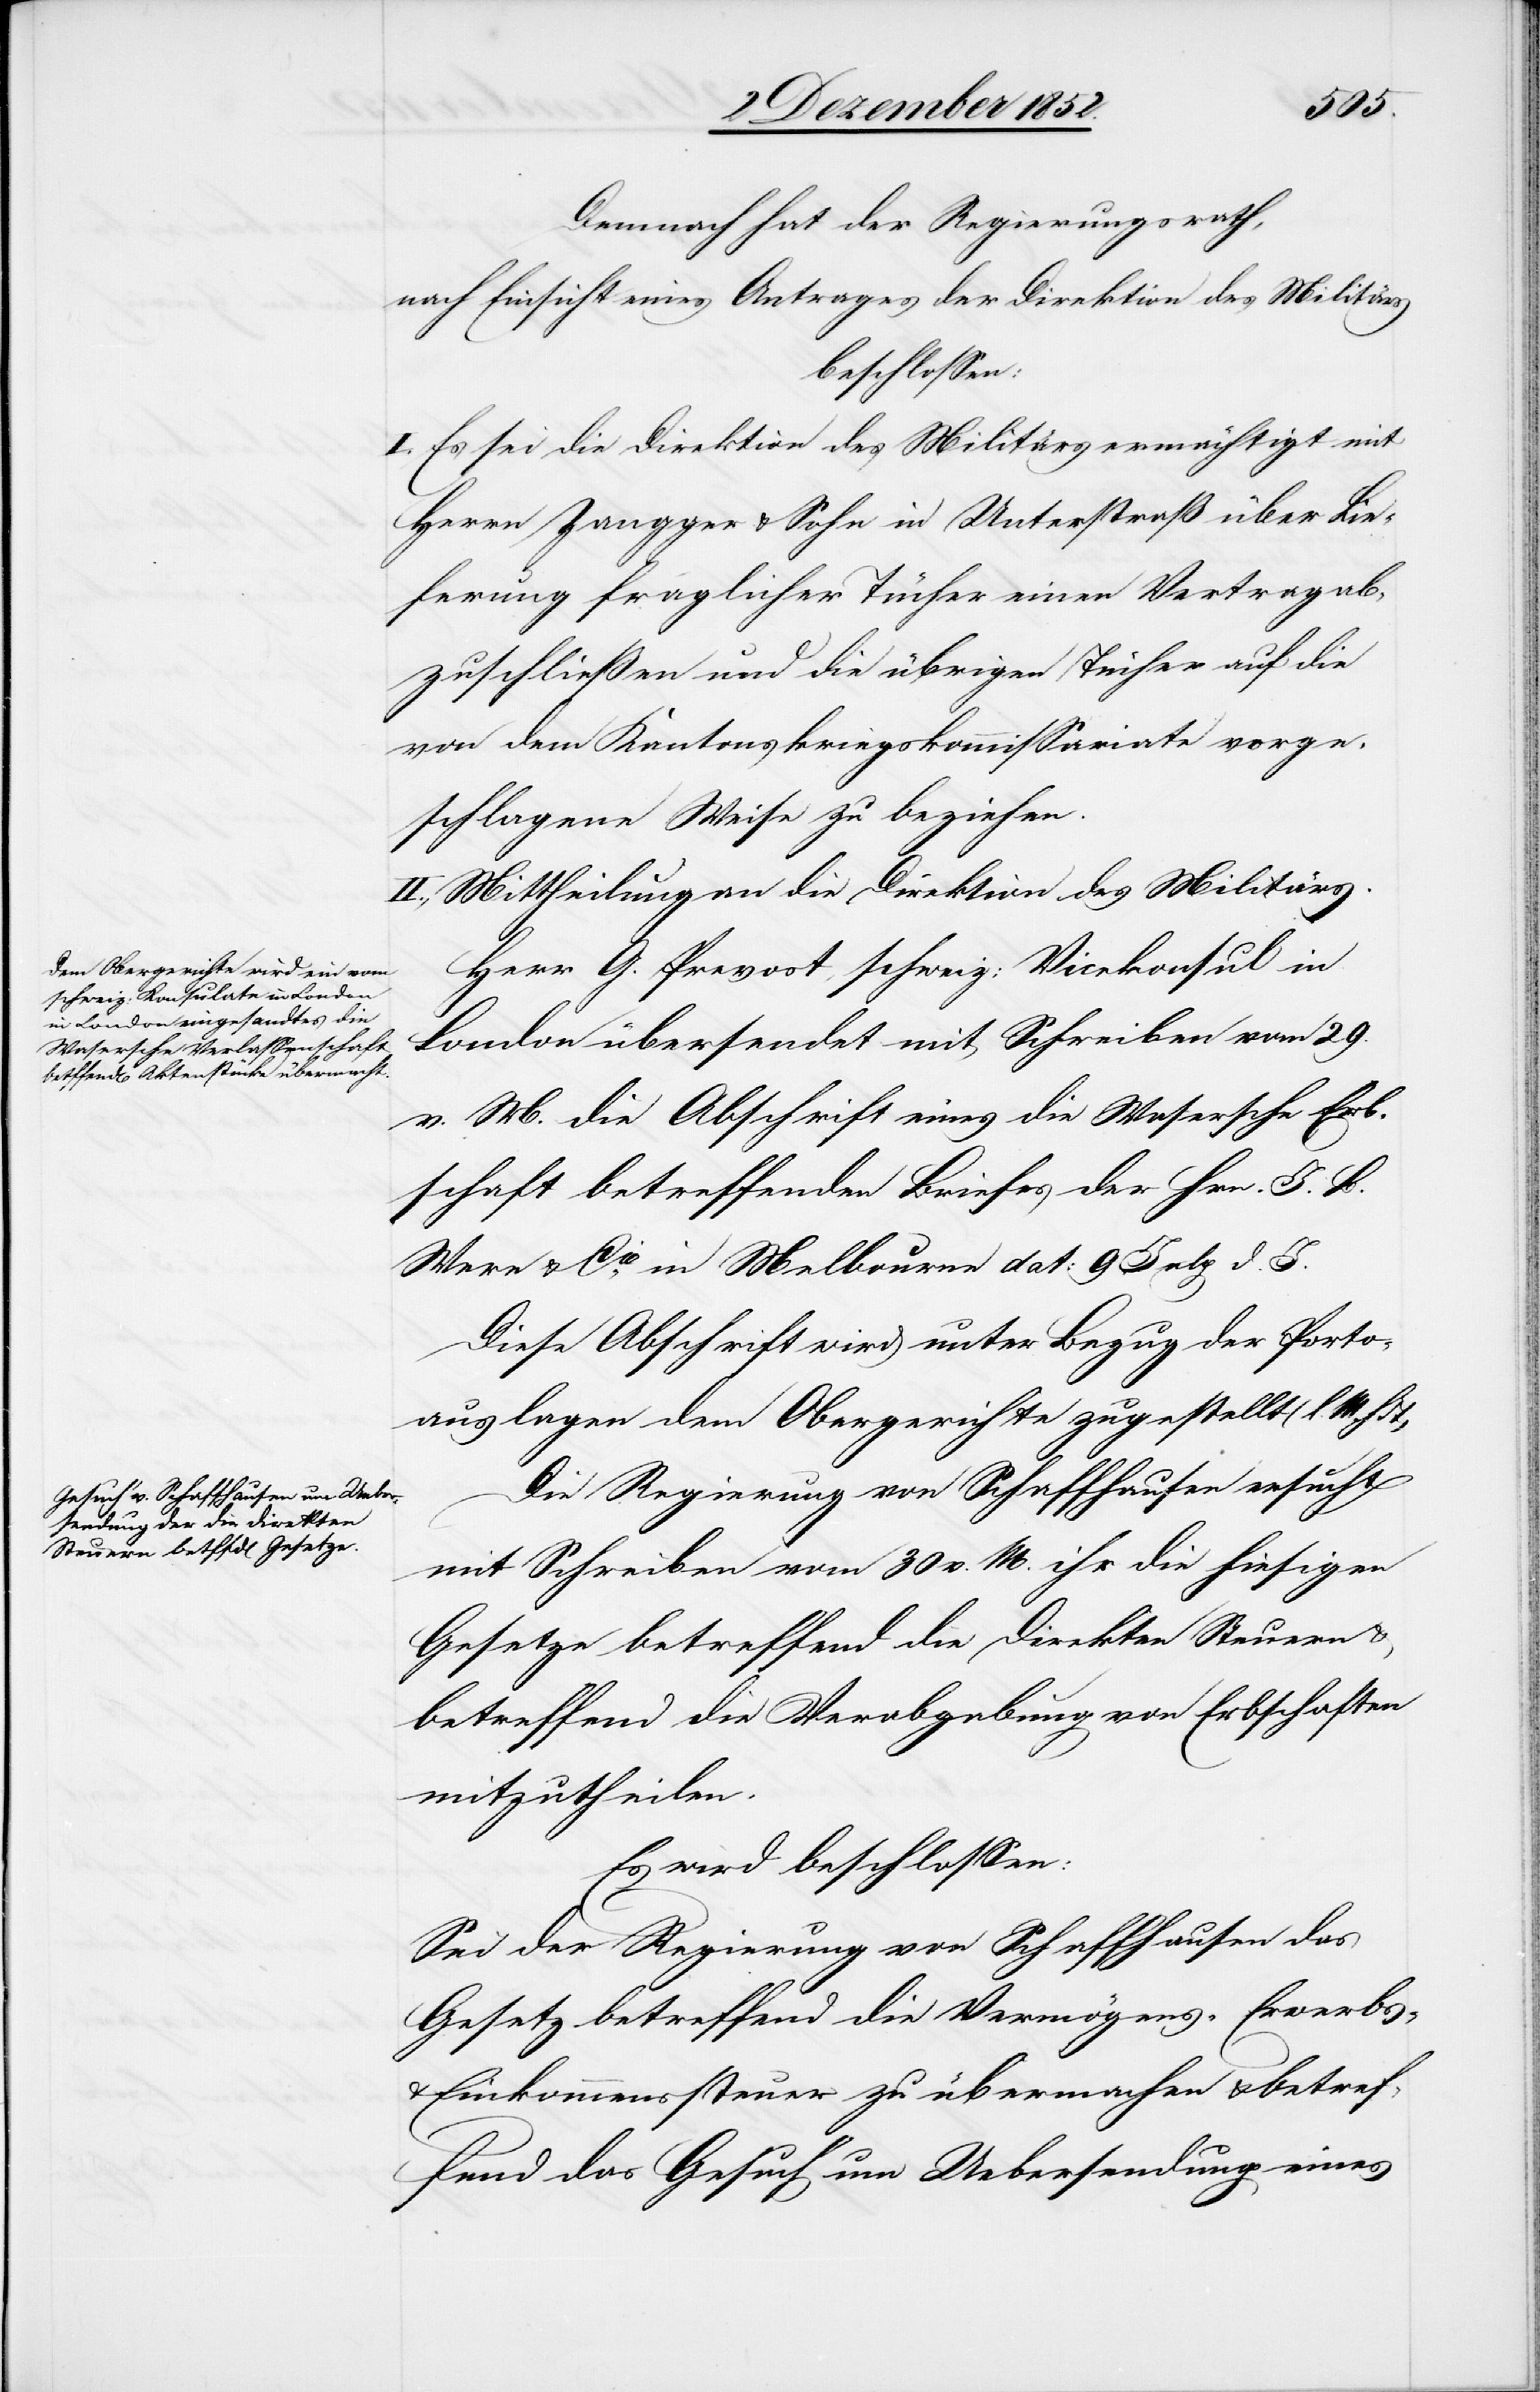
Demnach hat der Regierungsrath,
nach Einsicht eines Antrages der Direktion des Militärs
beschlossen:
I. Es sei die Direktion des Militärs ermächtigt mit
Herrn Zangger & Sohn in Unterstraß über Lie¬
ferung fraglicher Tücher einen Vertrag ab¬
zuschließen und die übrigen Tücher auf die
von dem Kantonskriegskommissariate vorge¬
schlagene Weise zu beziehen.
II., Mittheilung an die Direktion des Militärs.
Herr G. Prevost, schweiz: Vicekonsul in
London übersendet mit Schreiben vom 29.
v. M. die Abschrift eines die Wasersche Erb¬
schaft betreffenden Briefes der Hrn. J. B.
Were & Cie. in Melbourne dat: 9 July d. J.
Diese Abschrift wird unter Bezug der Porto¬
auslagen dem Obergerichte zugestellt (l. M.
Die Regierung von Schaffhausen ersucht
mit Schreiben vom 30 v. M. ihr die hiesigen
Gesetze betreffend die direkten Steuern &
betreffend die Verabgabung von Erbschaften
mitzutheilen.
Es wird beschlossen:
Sei der Regierung von Schaffhausen das
Gesetz betreffend die Vermögens-[,] Erwerbs-
Einkommenssteuer zu übermachen & betref¬
fend das Gesuch um Uebersendung eines